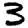
Digit: 3